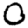
Digit: 0